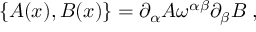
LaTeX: \{ A ( x ) , B ( x ) \} = \partial _ { \alpha } A \omega ^ { \alpha \beta } \partial _ { \beta } B \; ,